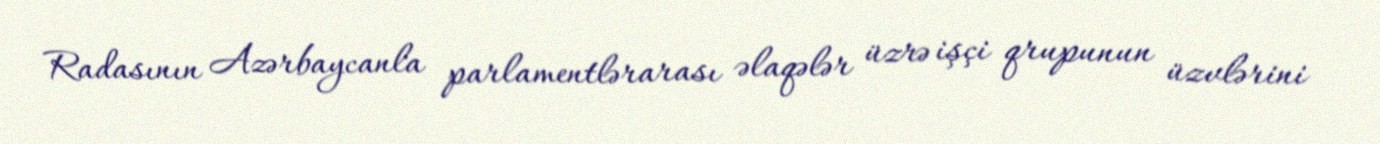
Radasının Azərbaycanla parlamentlərarası əlaqələr üzrə işçi qrupunun üzvlərini